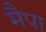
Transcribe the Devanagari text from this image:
मैपा